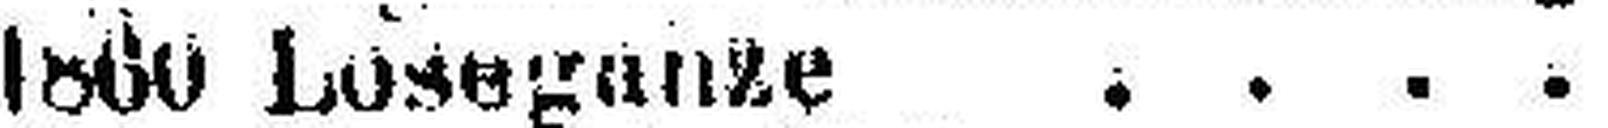
1860 Loseganze